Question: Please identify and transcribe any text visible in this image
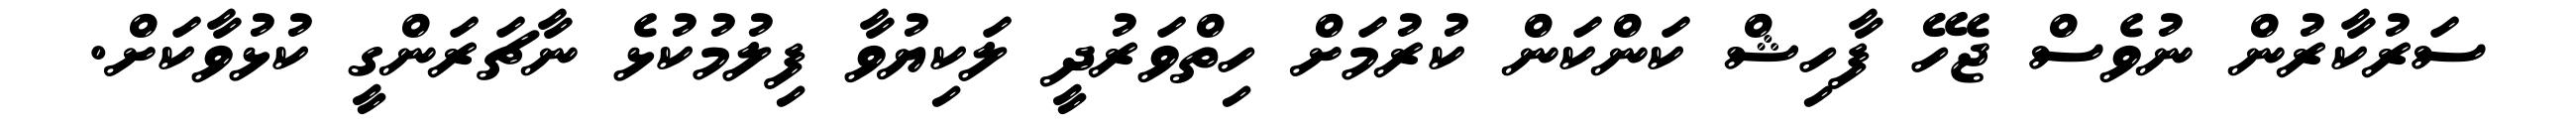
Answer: ސަރުކާރުން ނުވެސް ޖެހޭ ފާހިޝް ކަންކަން ކުރުމަށް ހިތްވަރުދީ ލަކިޔުވާ ފިލުމުކުޅެ ނާޗަރަންގީ ކުޅުވާކަށް.